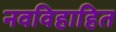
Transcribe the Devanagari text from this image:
नवविहाहित